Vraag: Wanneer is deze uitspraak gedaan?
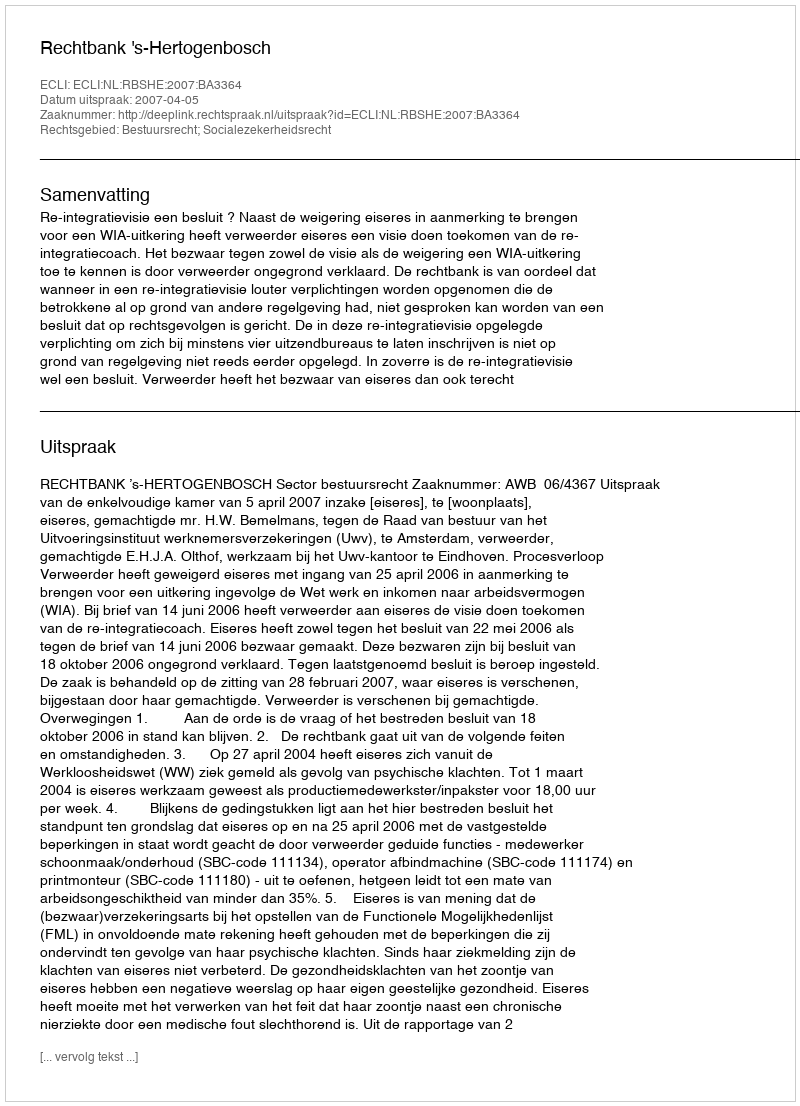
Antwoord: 2007-04-05